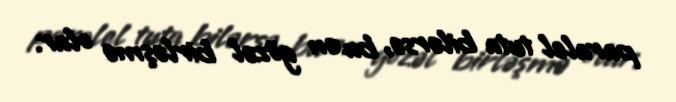
paralel tuta bilərsə, bu ən gözəl birləşmə olar.